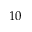
1 0